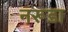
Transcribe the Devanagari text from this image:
नरूडा